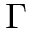
\Gamma